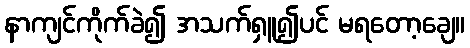
နာကျင်ကိုက်ခဲ၍ အသက်ရှူ၍ပင် မရတော့ချေ။